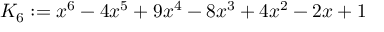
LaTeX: K _ { 6 } : = x ^ { 6 } - 4 x ^ { 5 } + 9 x ^ { 4 } - 8 x ^ { 3 } + 4 x ^ { 2 } - 2 x + 1